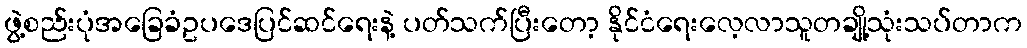
ဖွဲ့စည်းပုံအခြေခံဥပဒေပြင်ဆင်ရေးနဲ့ ပတ်သက်ပြီးတော့ နိုင်ငံရေးလေ့လာသူတချို့သုံးသပ်တာက